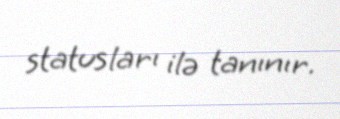
statusları ilə tanınır.